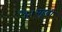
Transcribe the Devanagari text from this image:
है।यहूदी